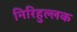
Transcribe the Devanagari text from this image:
निरिहुल्लक